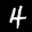
Label: 4